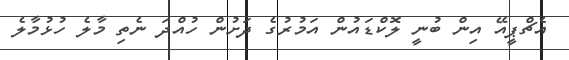
އެޗްޕީއޭ އިން ބުނީ ލޮކްޑައުން އަމުރުގެ ދަށުން ހުއްދަ ނެތި މާލެ ހުޅުމާލެ